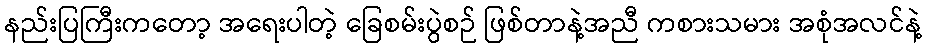
နည်းပြကြီးကတော့ အရေးပါတဲ့ ခြေစမ်းပွဲစဉ် ဖြစ်တာနဲ့အညီ ကစားသမား အစုံအလင်နဲ့